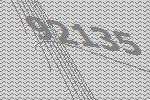
92135